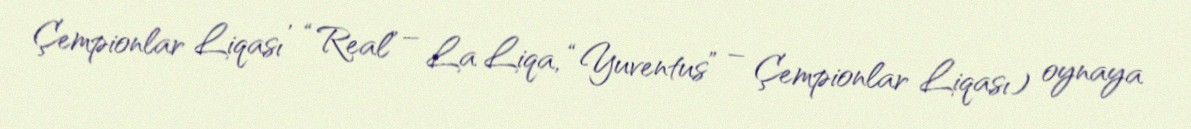
Çempionlar Liqası , “Real” – La Liqa, “Yuventus” – Çempionlar Liqası) oynaya